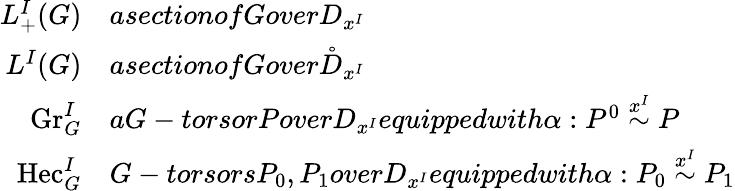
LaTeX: \begin{array}{rl}{L_{+}^{I}(G)}&{asectionofGoverD_{x^{I}}}\\ {L^{I}(G)}&{asectionofGover\mathring D_{x^{I}}}\\ {\mathrm{Gr}_{G}^{I}}&{aG-torsorPoverD_{x^{I}}equippedwith\alpha:P^{0}\overset{x^{I}}{\sim}P}\\ {\mathrm{Hec}_{G}^{I}}&{G-torsorsP_{0},P_{1}overD_{x^{I}}equippedwith\alpha:P_{0}\overset{x^{I}}{\sim}P_{1}}\end{array}